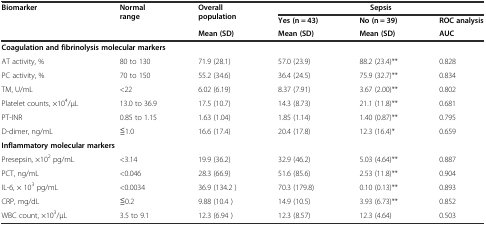
<table><thead><tr><td rowspan="3"><b>Biomarker</b></td><td rowspan="3"><b>Normal range</b></td><td rowspan="2"><b>Overall population</b></td><td></td><td><b> Sepsis</b></td><td></td></tr><tr><td><b>Yes (n = 43)</b></td><td><b>No (n = 39)</b></td><td><b>ROC analysis</b></td></tr><tr><td><b>Mean (SD)</b></td><td><b>Mean (SD)</b></td><td><b>Mean (SD)</b></td><td><b>AUC</b></td></tr></thead><tbody><tr><td colspan="6"><b>Coagulation and fibrinolysis molecular markers</b></td></tr><tr><td>AT activity, %</td><td>80 to 130</td><td>71.9 (28.1)</td><td>57.0 (23.9)</td><td>88.2 (23.4)**</td><td>0.828</td></tr><tr><td>PC activity, %</td><td>70 to 150</td><td>55.2 (34.6)</td><td>36.4 (24.5)</td><td>75.9 (32.7)**</td><td>0.834</td></tr><tr><td>TM, U/mL</td><td>&lt;22</td><td>6.02 (6.19)</td><td>8.37 (7.91)</td><td>3.67 (2.00)**</td><td>0.802</td></tr><tr><td>Platelet counts, ×10<sup>4</sup>/μL</td><td>13.0 to 36.9</td><td>17.5 (10.7)</td><td>14.3 (8.73)</td><td>21.1 (11.8)**</td><td>0.681</td></tr><tr><td>PT-INR</td><td>0.85 to 1.15</td><td>1.63 (1.04)</td><td>1.85 (1.14)</td><td>1.40 (0.87)**</td><td>0.795</td></tr><tr><td>D-dimer, ng/mL</td><td>≦1.0</td><td>16.6 (17.4)</td><td>20.4 (17.8)</td><td>12.3 (16.4)*</td><td>0.659</td></tr><tr><td colspan="6"><b>Inflammatory molecular markers</b></td></tr><tr><td>Presepsin, ×10<sup>2</sup> pg/mL</td><td>&lt;3.14</td><td>19.9 (36.2)</td><td>32.9 (46.2)</td><td>5.03 (4.64)**</td><td>0.887</td></tr><tr><td>PCT, ng/mL</td><td>&lt;0.046</td><td>28.3 (66.9)</td><td>51.6 (85.6)</td><td>2.53 (11.8)**</td><td>0.904</td></tr><tr><td>IL-6, × 10<sup>3</sup> pg/mL</td><td>&lt;0.0034</td><td>36.9 (134.2 )</td><td>70.3 (179.8)</td><td>0.10 (0.13)**</td><td>0.893</td></tr><tr><td>CRP, mg/dL</td><td>≦0.2</td><td>9.88 (10.4 )</td><td>14.9 (10.5)</td><td>3.93 (6.73)**</td><td>0.852</td></tr><tr><td>WBC count, ×10<sup>3</sup>/μL</td><td>3.5 to 9.1</td><td>12.3 (6.94 )</td><td>12.3 (8.57)</td><td>12.3 (4.64)</td><td>0.503</td></tr></tbody></table>